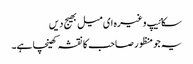
سکائیپ وغیرہ ای میل بھیج دیں
یہ جو منظور صاحب کا نقشہ کھینچا ہے۔